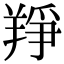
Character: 䍵